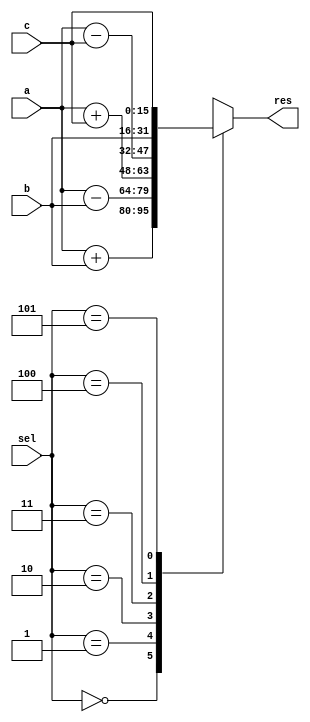
module opt_share_test(
  input [15:0]      a,
  input [15:0]      b,
  input [15:0]      c,
  input [2:0]       sel,
  output reg [15:0] res
  );

  always @* begin
    case(sel)
      0: res = a + b;
      1: res = a - b;
      2: res = a + c;
      3: res = a - c;
      4: res = b;
      5: res = c;
      default: res = 16'bx;
    endcase
  end

endmodule